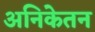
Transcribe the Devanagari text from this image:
अनिकेतन